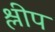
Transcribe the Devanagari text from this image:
श्लीप